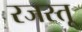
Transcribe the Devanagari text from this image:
रजस्तू